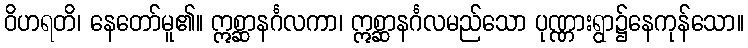
ဝိဟရတိ၊ နေတော်မူ၏။ ဣစ္ဆာနင်္ဂလကာ၊ ဣစ္ဆာနင်္ဂလမည်သော ပုဏ္ဏားရွာ၌နေကုန်သော။